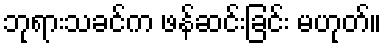
ဘုရားသခင်က ဖန်ဆင်းခြင်း မဟုတ်။